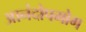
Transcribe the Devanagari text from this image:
आनंदोपभोग